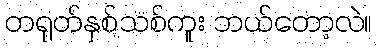
တရုတ်နှစ်သစ်ကူး ဘယ်တော့လဲ။